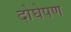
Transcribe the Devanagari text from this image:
दोघेपण